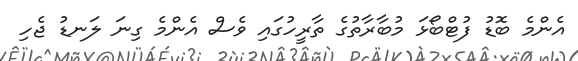
އެންމެ ބޮޑު ފުޓްބޯޅަ މުބާރާތުގެ ތާރީހުގައި ވެސް އެންމެ ގިނަ ލަނޑު ޖެހި